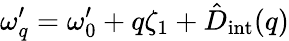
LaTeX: \omega_{q}^{\prime}=\omega_{0}^{\prime}+q\zeta_{1}+\hat{D}_{\mathrm{int}}(q)